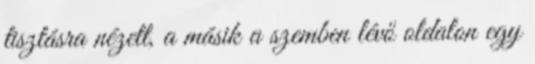
tisztásra nézett, a másik a szemben lévő oldalon egy